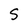
Character: S